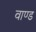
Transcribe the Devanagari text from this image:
वाण्ड